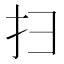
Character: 扫